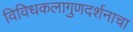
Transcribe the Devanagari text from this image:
विविधकलागुणदर्शनाचा